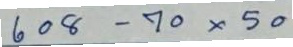
608 - 70x50